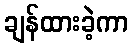
ချန်ထားခဲ့ကာ